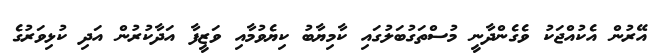
އޭރުން އެކުއްޖަކު ވެގެންދާނީ މުސްތަގުބަލުގައި ކާމިޔާބު ކިޔެވުމާއި ވަޒީފާ އަދާކުރުން އަދި ކުޅިވަރުގެ